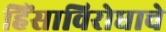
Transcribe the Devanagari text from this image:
हिंसाविरोधाचे